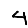
Digit: 4